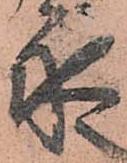
永